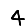
Digit: 4